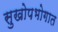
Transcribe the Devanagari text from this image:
सुखोपभोगात